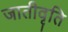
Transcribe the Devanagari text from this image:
जातीवृति